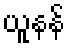
ယူနန်